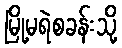
မြို့မရဲစခန်းသို့